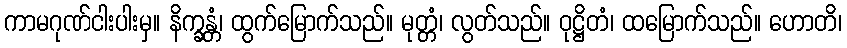
ကာမဂုဏ်ငါးပါးမှ။ နိက္ခန္တံ၊ ထွက်မြောက်သည်။ မုတ္တံ၊ လွတ်သည်။ ဝုဋ္ဌိတံ၊ ထမြောက်သည်။ ဟောတိ၊